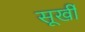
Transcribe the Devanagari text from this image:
सूर्खी